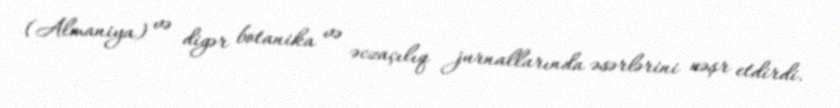
(Almaniya) və digər botanika və əczaçılıq jurnallarında əsərlərini nəşr etdirdi.